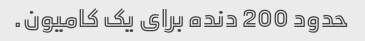
حدود 200 دنده برای یک کامیون.